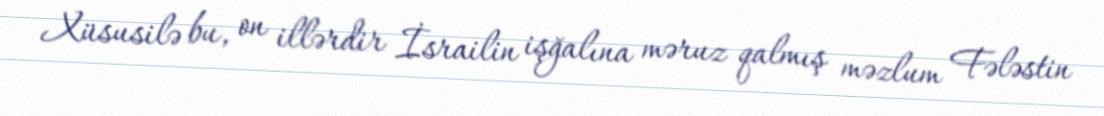
Xüsusilə bu, on illərdir İsrailin işğalına məruz qalmış məzlum Fələstin